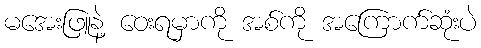
မအေးဖြူနဲ့ ဝေးရမှာကို အစ်ကို အကြောက်ဆုံးပဲ